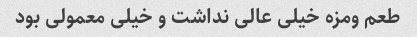
طعم ومزه خیلی عالی نداشت و خیلی معمولی بود